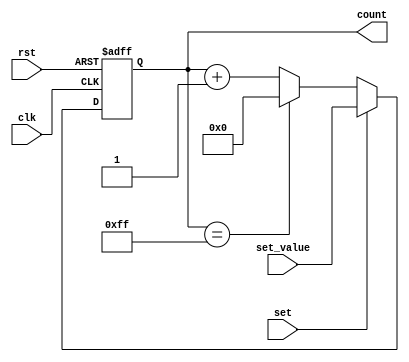
`default_nettype none
// Automatic binary counter with optionally divided clock

`ifndef __PROGRAM_COUNTER
`define __PROGRAM_COUNTER

module program_counter #(
        parameter COUNT_LIMIT       = 255,
        parameter COUNT_WIDTH       = 8
    )
    (
        // Inputs
        input       clk,
        input       rst,
        input       set,
        input       [(COUNT_WIDTH-1):0] set_value,

        // Outputs
        output      reg [(COUNT_WIDTH-1):0] count
    );

    always @ (posedge clk or posedge rst) begin
        if (rst == 1'b1)
            count <= 'b0;
        else if (set == 1'b1)
            count <= set_value;
        else if (count == COUNT_LIMIT)
            count <= 'b0;
        else
            count <= count + 1'b1;
    end

endmodule

`endif